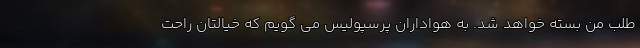
طلب من بسته خواهد شد. به هواداران پرسپولیس می گویم که خیالتان راحت